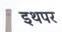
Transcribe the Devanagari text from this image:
इथपर